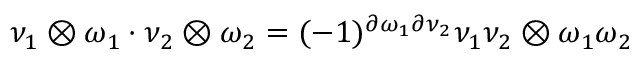
\nu _ { 1 } \otimes \omega _ { 1 } \cdot \nu _ { 2 } \otimes \omega _ { 2 } = ( - 1 ) ^ { \partial \omega _ { 1 } \partial \nu _ { 2 } } \nu _ { 1 } \nu _ { 2 } \otimes \omega _ { 1 } \omega _ { 2 }